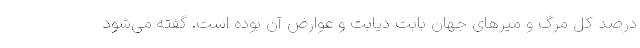
درصد کل مرگ و میرهای جهان بابت دیابت و عوارض آن بوده است. گفته می‌شود